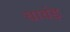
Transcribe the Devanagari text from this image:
चावंड़